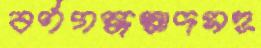
বর্ণগন্ধস্বাদসহ